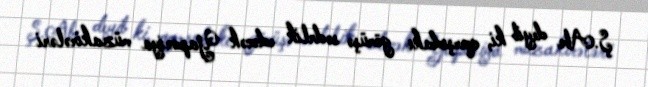
Ş.Abe deyib ki, qarşıdakı görüşə sədrlik edəcək Yaponiya müzakirələri